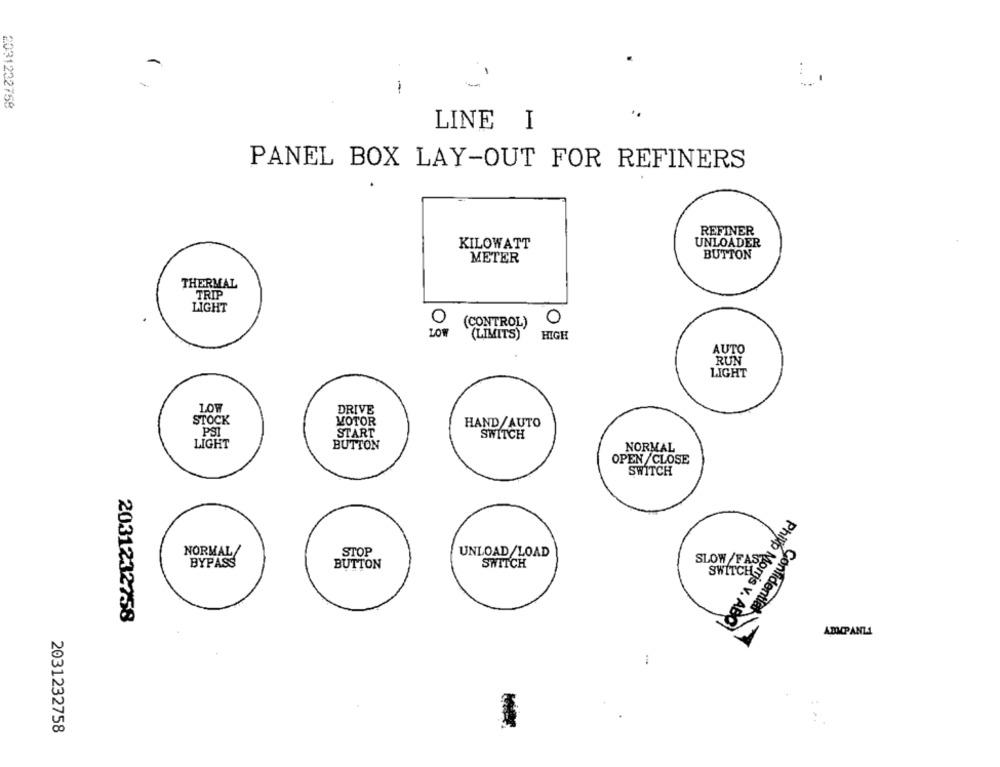
:
-
2031232758
...
LINE I
PANEL BOX LAY-OUT FOR REFINERS
REFINER
KILOWATT
UNLOADER
METER
BUTTON
THERMAL
TRIP
LIGHT
0
O
LOW
(CONTROL)
(LIMITS)
HIGH
AUTO
RUN
LIGHT
DRIVE
STOCK
MOTOR
HAND/AUTO
PSI
START
SWITCH
LIGHT
BUTTON
NORMAL
OPEN/CLOSE
SWITCH
NORMAL
STOP
UNLOAD/LOAD
SLOW FAST
BYPASS
BUTTON
SWITCH
SWITCH
2031232758
Philip Morris v. ABQ
Confidential
ADICPANLA
2031232758